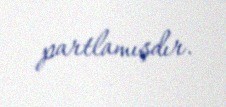
partlamışdır.